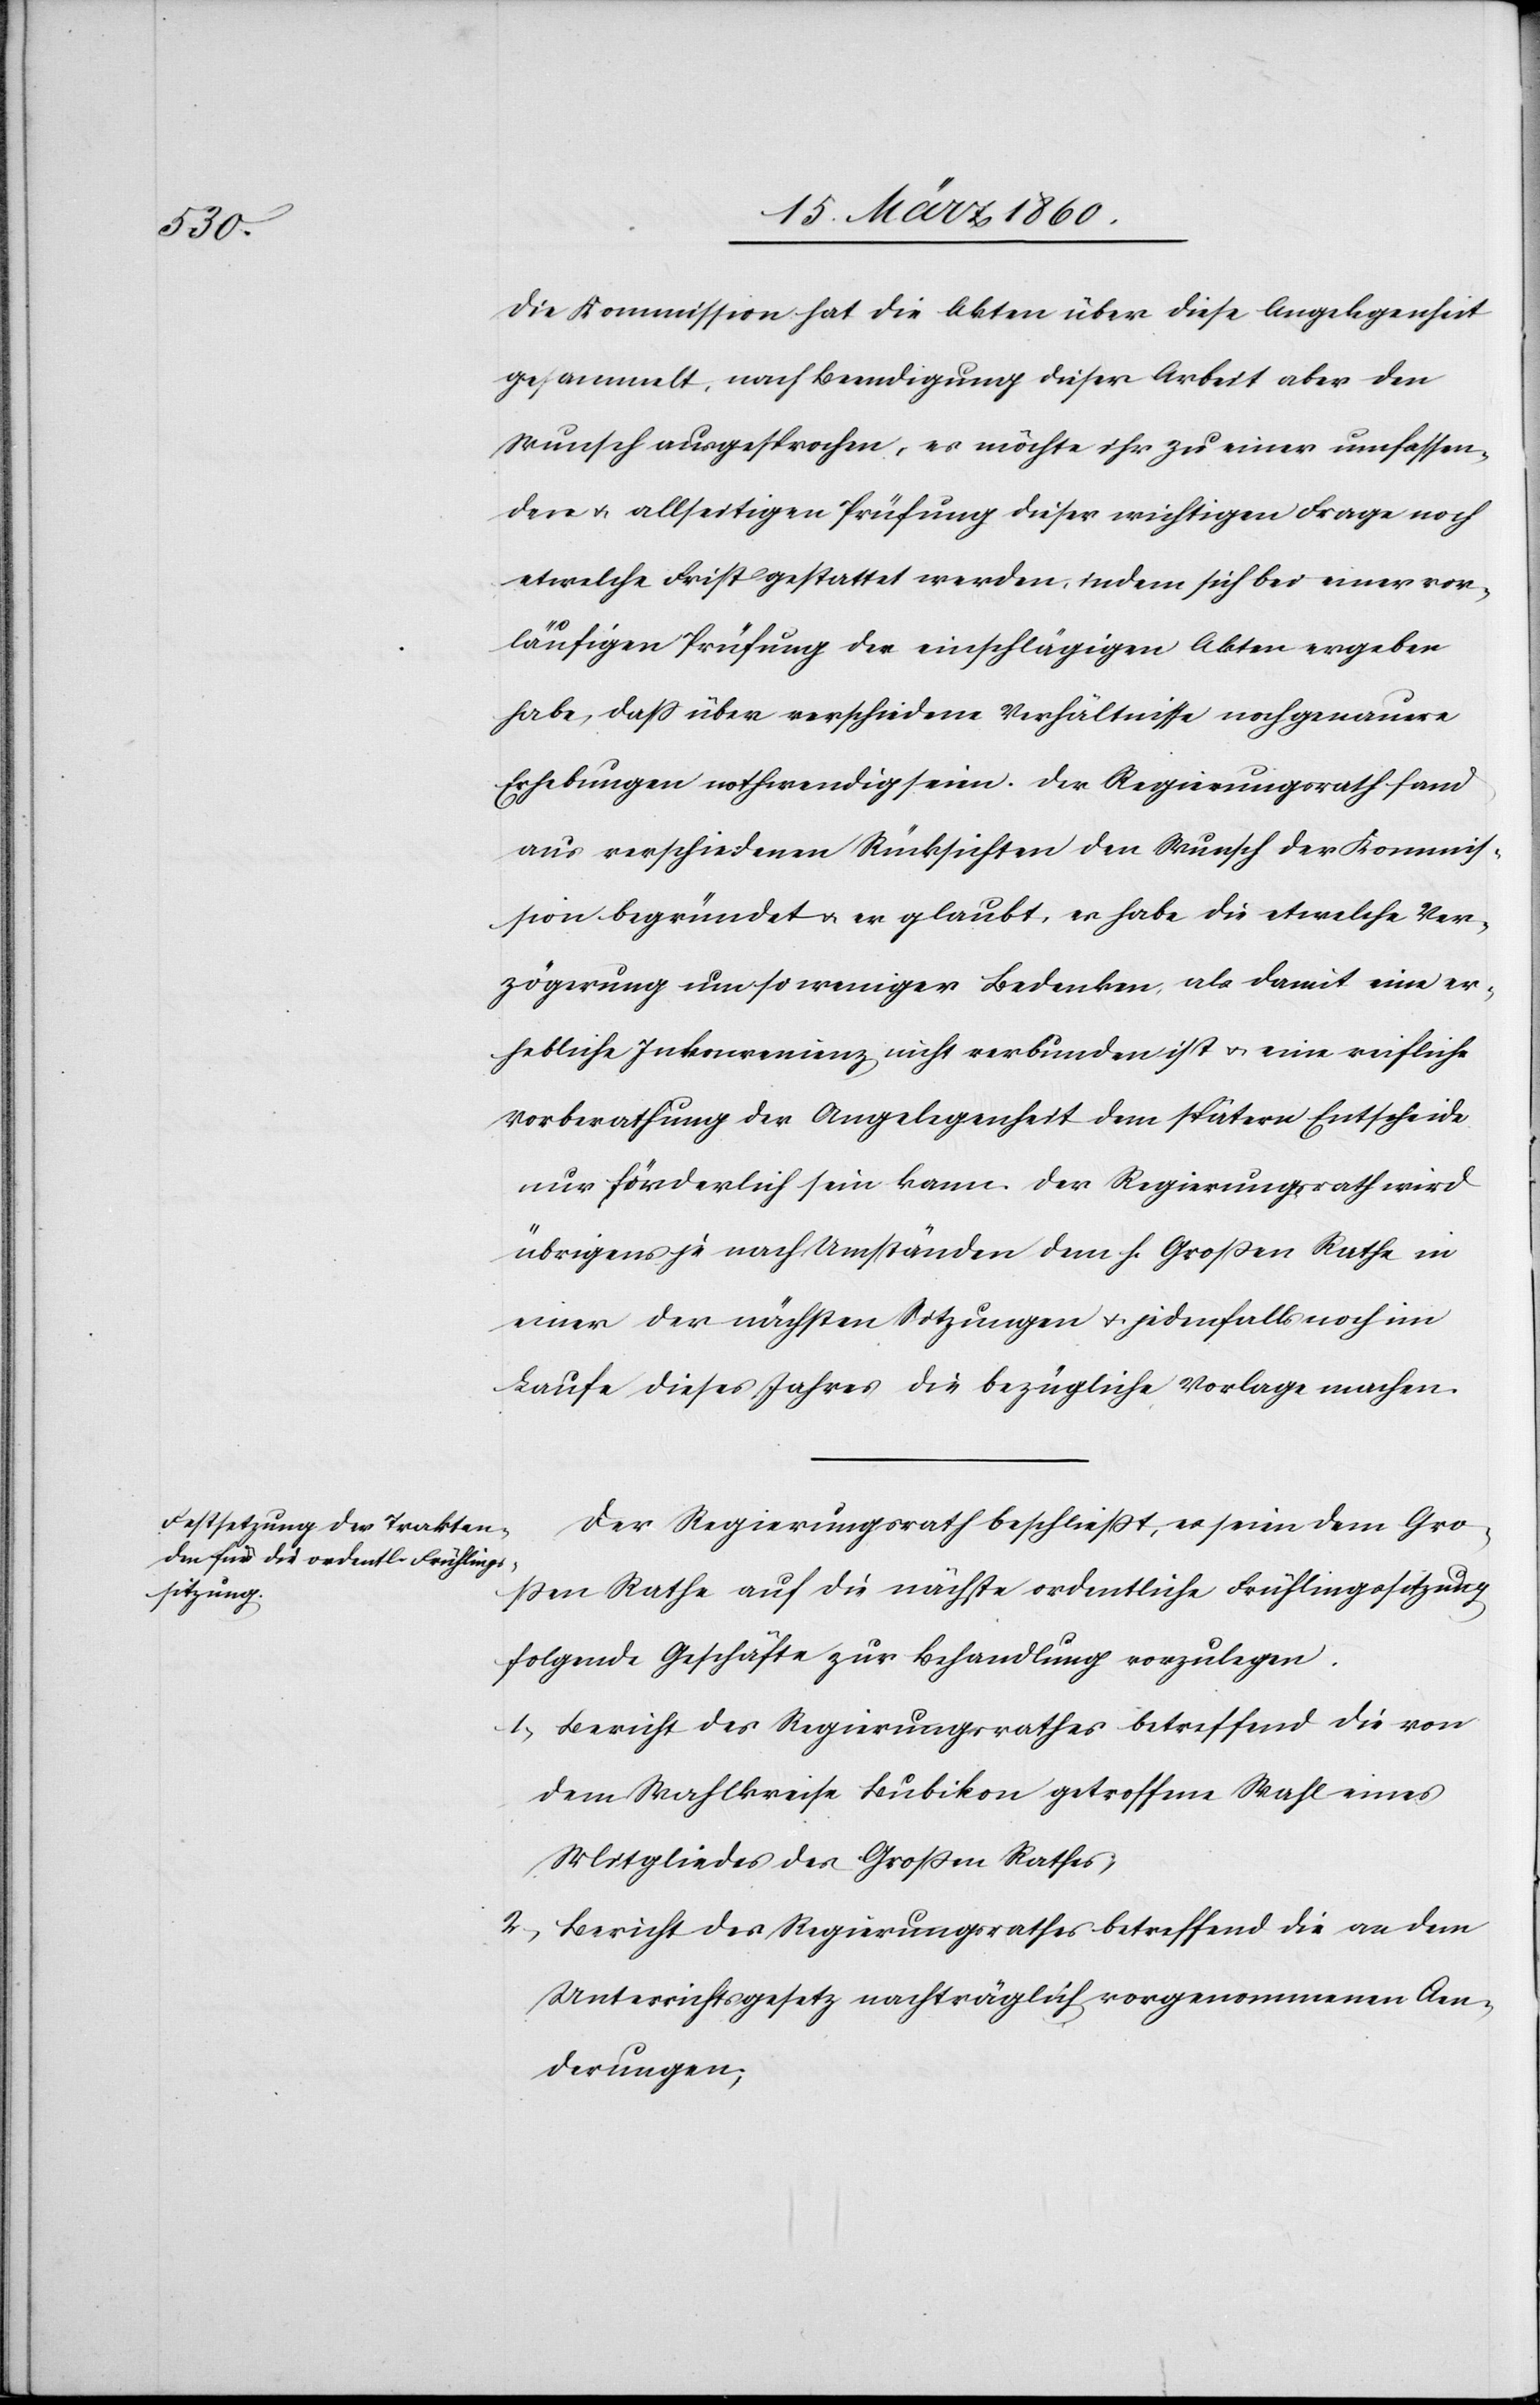
Die Kommission hat die Akten über diese Angelegenheit
gesammelt, nach Beendigung dieser Arbeit aber den
Wunsch ausgesprochen, es möchte ihr zu einer umfassen¬
den u. allseitigen Prüfung dieser wichtigen Frage noch
etwelche Frist gestattet werden, indem sich bei einer vor¬
läufigen Prüfung der einschlägigen Akten ergeben
habe, dass über verschiedene Verhältnisse noch genauere
Erhebungen nothwendig seien. Der Regierungsrath fand
aus verschiedenen Rücksichten den Wunsch der Kommis¬
sion begründet u. er glaubt, er habe die etwelche Ver¬
zögerung um so weniger Bedenken, als damit eine er¬
hebliche Inkonvenienz nicht verbunden ist u. eine reifliche
Vorberathung der Angelegenheit dem spätern Entscheide
nur förderlich sein kann. Der Regierungsrath wird
übrigens je nach Umständen dem h. Grossen Rathe in
einer der nächsten Sitzungen u. jedenfalls noch im
Laufe dieses Jahres die bezügliche Vorlage machen.
Der Regierungsrath beschliesst, es seien dem Gro¬
ssen Rathe auf die nächste ordentliche Frühlingssitzung
folgende Geschäfte zur Behandlung vorzulegen:
1. Bericht des Regierungsrathes betreffend die von
dem Wahlkreise Bubikon getroffene Wahl eines
Mitgliedes des Grossen Rathes;
2. Bericht des Regierungsrathes betreffend die an dem
Unterrichtsgesetz nachträglich vorgenommenen Aen¬
derungen;